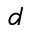
d